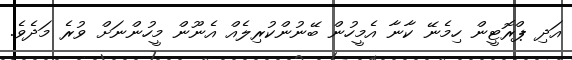
އަދި ޕްރޮޓީން ހިމެނޭ ކާނާ އެމީހުން ބޭނުންކުރިލެއް އެނޫން މީހުންނަށް ވުރެ މަދެވެ.